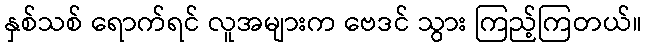
နှစ်သစ် ရောက်ရင် လူအများက ဗေဒင် သွား ကြည့်ကြတယ်။